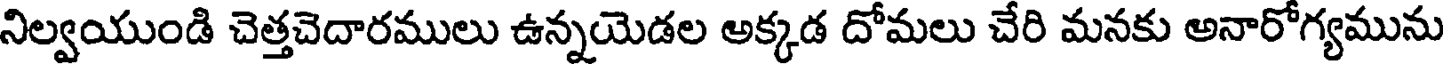
నిల్వయుండి చెత్తచెదారములు ఉన్నయెడల అక్కడ దోమలు చేరి మనకు అనారోగ్యమును